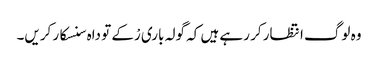
وہ لوگ انتظار کر رہے ہیں کہ گولہ باری رْکے تو داہ سنسکار کریں۔